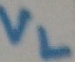
Text: VL